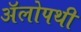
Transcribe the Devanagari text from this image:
अॅलोपथी